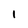
Character: 1